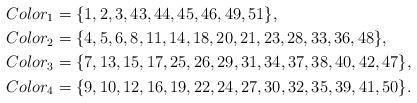
LaTeX: \begin{align*}&Color_1=\{1, 2, 3, 43, 44, 45, 46, 49, 51\},\\&Color_2=\{4, 5, 6, 8, 11, 14, 18, 20, 21, 23, 28, 33, 36, 48\},\\&Color_3=\{7, 13, 15, 17, 25, 26, 29, 31, 34, 37, 38, 40, 42, 47\},\\&Color_4=\{9, 10, 12, 16, 19, 22, 24, 27, 30, 32, 35, 39, 41, 50\}.\end{align*}